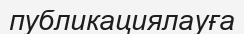
публикациялауға